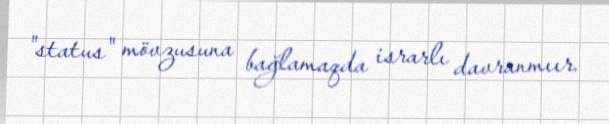
"status" mövzusuna bağlamaqda israrlı davranmıır.